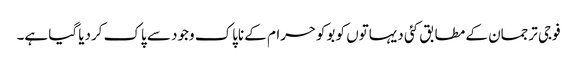
فوجی ترجمان کے مطابق کئی دیہاتوں کو بوکوحرام کے ناپاک وجود سے پاک کردیا گیا ہے۔